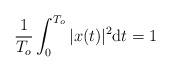
LaTeX: \begin{align*}\frac{1}{T_o}\int_{0}^{T_o} |{x}(t)|^2 {\rm d}t=1\end{align*}